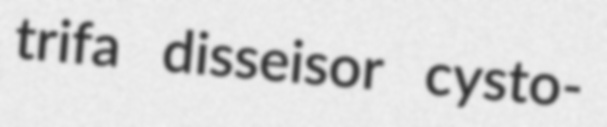
trifa disseisor cysto-